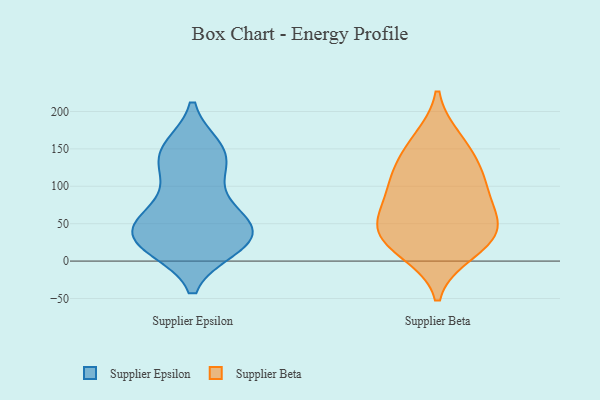
{"axis": {"x": "Tickets Resolved", "y": "Value"}, "legend": ["Supplier Beta", "Supplier Epsilon"], "data": [{"x": "", "y": 19, "type": "Supplier Epsilon"}, {"x": "", "y": 113, "type": "Supplier Epsilon"}, {"x": "", "y": 50, "type": "Supplier Epsilon"}, {"x": "", "y": 111, "type": "Supplier Epsilon"}, {"x": "", "y": 54, "type": "Supplier Epsilon"}, {"x": "", "y": 30, "type": "Supplier Epsilon"}, {"x": "", "y": 147, "type": "Supplier Epsilon"}, {"x": "", "y": 18, "type": "Supplier Epsilon"}, {"x": "", "y": 68, "type": "Supplier Epsilon"}, {"x": "", "y": 27, "type": "Supplier Epsilon"}, {"x": "", "y": 151, "type": "Supplier Epsilon"}, {"x": "", "y": 146, "type": "Supplier Epsilon"}, {"x": "", "y": 144, "type": "Supplier Epsilon"}, {"x": "", "y": 31, "type": "Supplier Epsilon"}, {"x": "", "y": 19, "type": "Supplier Epsilon"}, {"x": "", "y": 49, "type": "Supplier Epsilon"}, {"x": "", "y": 58, "type": "Supplier Epsilon"}, {"x": "", "y": 12, "type": "Supplier Beta"}, {"x": "", "y": 110, "type": "Supplier Beta"}, {"x": "", "y": 111, "type": "Supplier Beta"}, {"x": "", "y": 25, "type": "Supplier Beta"}, {"x": "", "y": 68, "type": "Supplier Beta"}, {"x": "", "y": 46, "type": "Supplier Beta"}, {"x": "", "y": 151, "type": "Supplier Beta"}, {"x": "", "y": 110, "type": "Supplier Beta"}, {"x": "", "y": 45, "type": "Supplier Beta"}, {"x": "", "y": 27, "type": "Supplier Beta"}, {"x": "", "y": 162, "type": "Supplier Beta"}, {"x": "", "y": 67, "type": "Supplier Beta"}]}